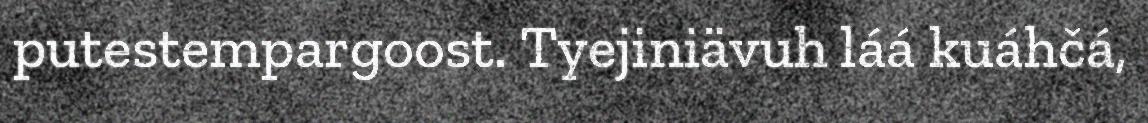
putestempargoost. Tyejiniävuh láá kuáhčá,